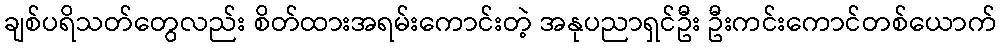
ချစ်ပရိသတ်တွေလည်း စိတ်ထားအရမ်းကောင်းတဲ့ အနုပညာရှင်ဦး ဦးကင်းကောင်တစ်ယောက်